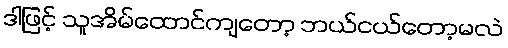
ဒါဖြင့် သူအိမ်ထောင်ကျတော့ ဘယ်ငယ်တော့မလဲ